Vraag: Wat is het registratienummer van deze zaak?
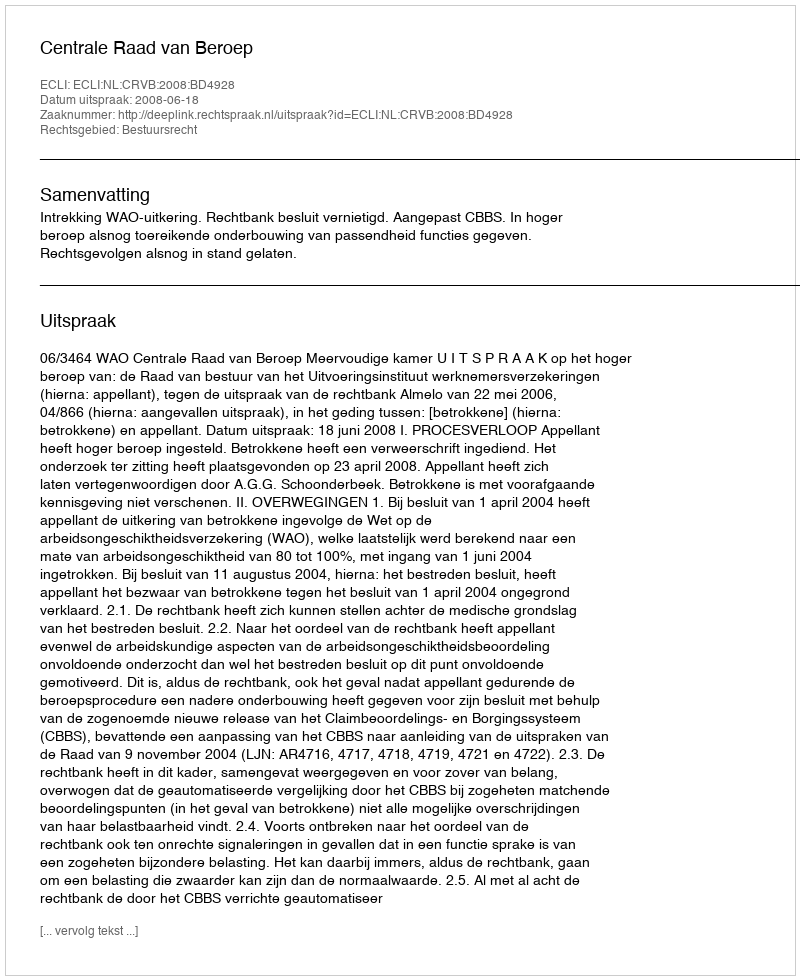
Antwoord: http://deeplink.rechtspraak.nl/uitspraak?id=ECLI:NL:CRVB:2008:BD4928